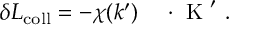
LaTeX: \delta L _ { \mathrm { c o l l } } = - \chi ( k ^ { \prime } ) \, \mathrm { \boldmath ~ \Omega ~ } \cdot \mathrm { \boldmath ~ K ~ } ^ { \prime } \ .